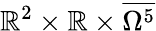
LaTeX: \mathbb{R}^{2}\times\mathbb{R}\times\overline{{\Omega^{5}}}